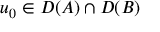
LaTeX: u _ { 0 } \in D ( A ) \cap D ( B )